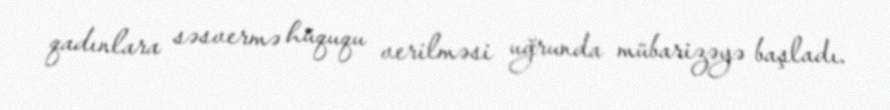
qadınlara səsvermə hüququ verilməsi uğrunda mübarizəyə başladı.